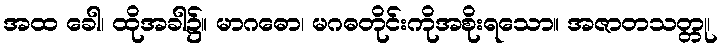
အထ ခေါ၊ ထိုအခါ၌။ မာဂဓော၊ မဂဓတိုင်းကိုအစိုးရသော။ အဇာတသတ္တု၊